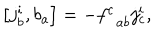
\left[ j _ { b } ^ { i } , b _ { a } \right] = - f _ { \; \; a b } ^ { c } j _ { c } ^ { i } ,